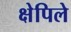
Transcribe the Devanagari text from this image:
क्षेपिले